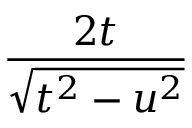
\frac { 2 t } { \sqrt { t ^ { 2 } - u ^ { 2 } } }